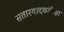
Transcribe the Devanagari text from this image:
सतारवादकांपेक्षा